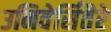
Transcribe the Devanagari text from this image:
उनिवेर्सितैरे